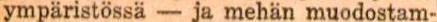
ympäristössä - ja mehän muodostam-